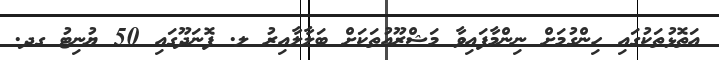
އަތޮޅުތަކުގައި ހިންގުމަށް ނިންމާފައިވާ މަޝްރޫއުތަކަށް ބަލާލާއިރު ލ. ފޮނަދޫގައި 50 ޔުނިޓު ގދ.